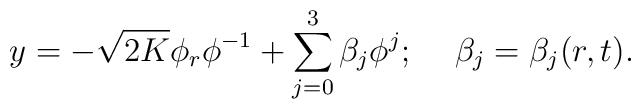
y=-\sqrt{2K}\phi_r\phi^{-1}+\sum_{j=0}^3\beta_j\phi^j;\hspace*{5mm}\beta_j=\beta_j(r,t).